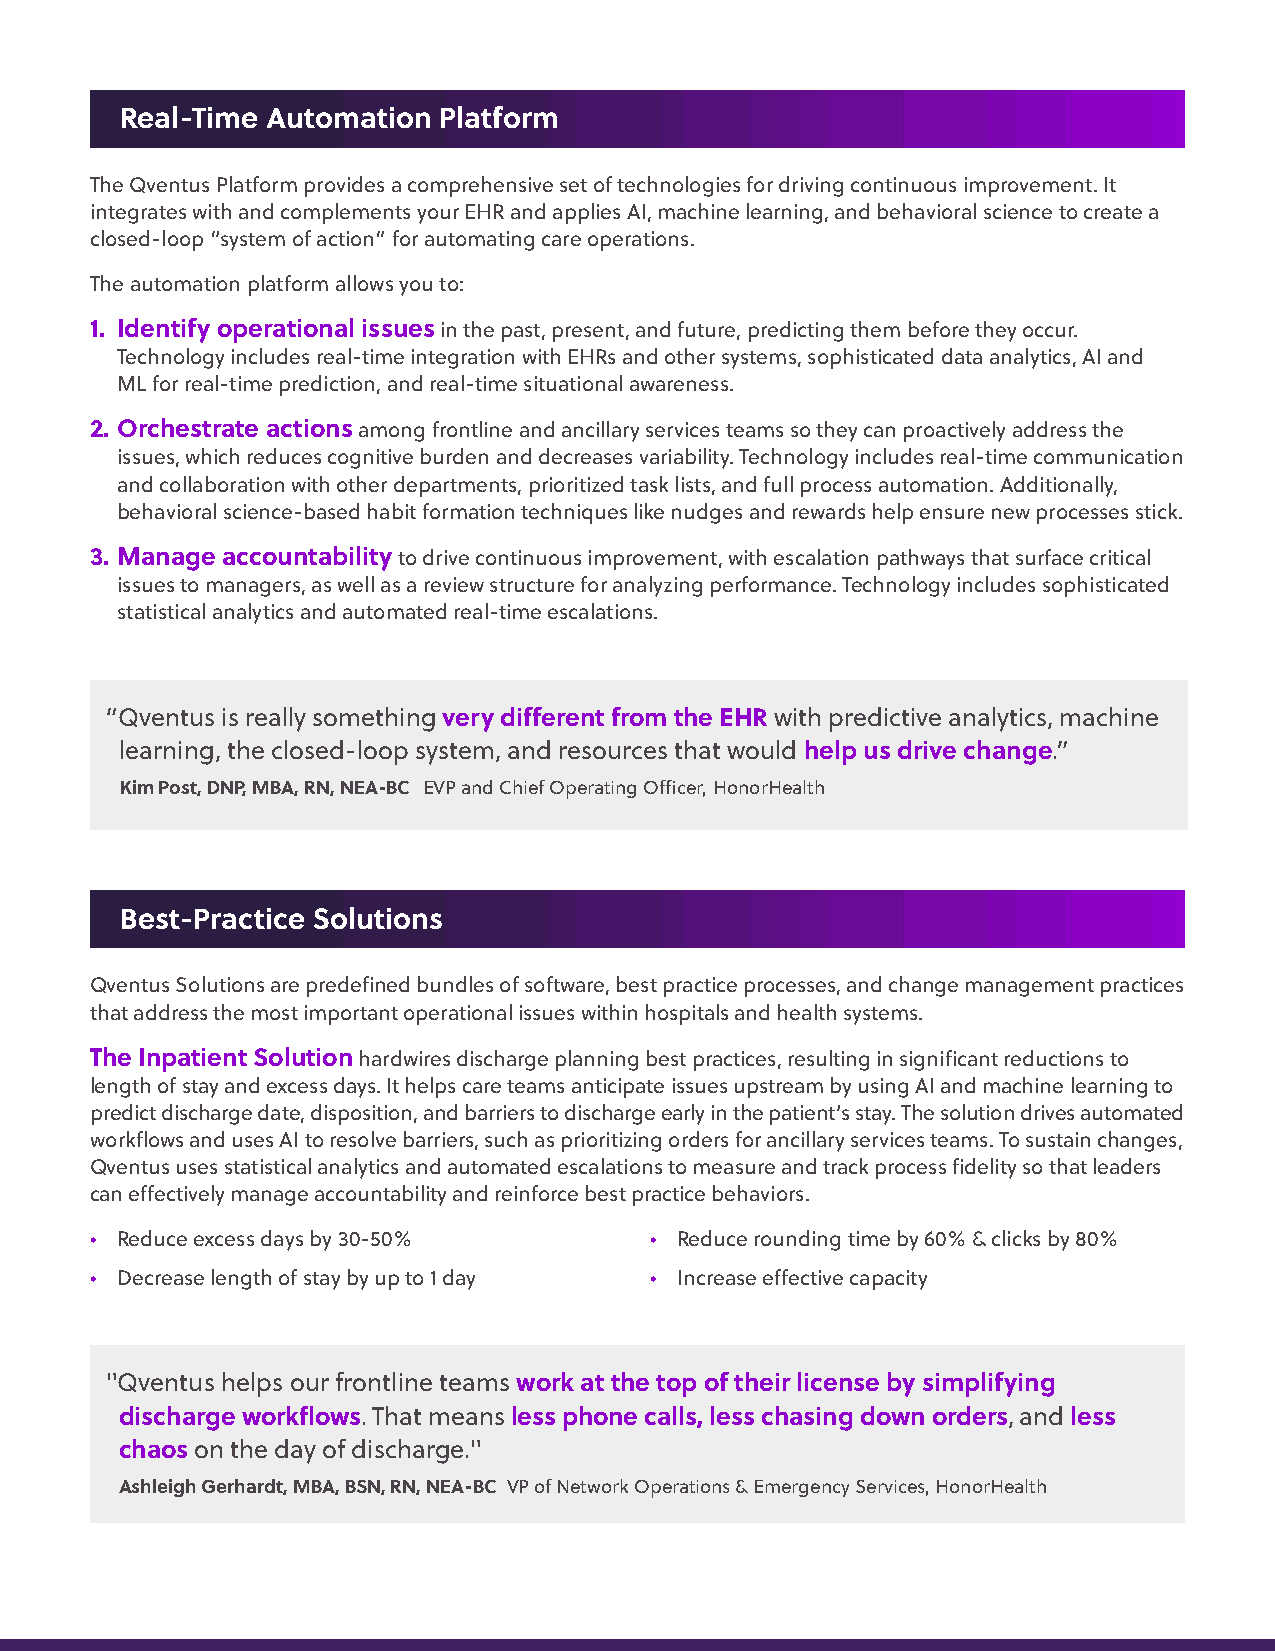
Real-Time Automation Platform
 The Qventus Platform provides a comprehensive set of technologies for driving continuous improvement. It
 integrates with and complements your EHR and applies AI, machine learning, and behavioral science to create a
 closed-loop “system of action” for automating care operations.
 The automation platform allows you to:
 1. Identify operational issues in the past, present, and future, predicting them before they occur.
 Technology includes real-time integration with EHRs and other systems, sophisticated data analytics, AI and
 ML for real-time prediction, and real-time situational awareness.
 2. Orchestrate actions among frontline and ancillary services teams so they can proactively address the
 issues, which reduces cognitive burden and decreases variability. Technology includes real-time communication
 and collaboration with other departments, prioritized task lists, and full process automation. Additionally,
 behavioral science-based habit formation techniques like nudges and rewards help ensure new processes stick.
 3. Manage accountability to drive continuous improvement, with escalation pathways that surface critical
 issues to managers, as well as a review structure for analyzing performance. Technology includes sophisticated
 statistical analytics and automated real-time escalations.
 “Qventus is really something very different from the EHR with predictive analytics, machine
 learning, the closed-loop system, and resources that would help us drive change.”
 Kim Post, DNP, MBA, RN, NEA-BC EVP and Chief Operating Officer, HonorHealth
 Best-Practice Solutions
 Qventus Solutions are predefined bundles of software, best practice processes, and change management practices
 that address the most important operational issues within hospitals and health systems.
 The Inpatient Solution hardwires discharge planning best practices, resulting in significant reductions to
 length of stay and excess days. It helps care teams anticipate issues upstream by using AI and machine learning to
 predict discharge date, disposition, and barriers to discharge early in the patient’s stay. The solution drives automated
 workflows and uses AI to resolve barriers, such as prioritizing orders for ancillary services teams. To sustain changes,
 Qventus uses statistical analytics and automated escalations to measure and track process fidelity so that leaders
 can effectively manage accountability and reinforce best practice behaviors.
 • Reduce excess days by 30-50%       • Reduce rounding time by 60% & clicks by 80%
 • Decrease length of stay by up to 1 day • Increase effective capacity
 "Qventus helps our frontline teams work at the top of their license by simplifying
 discharge workflows. That means less phone calls, less chasing down orders, and less
 chaos on the day of discharge."
 Ashleigh Gerhardt, MBA, BSN, RN, NEA-BC VP of Network Operations & Emergency Services, HonorHealth